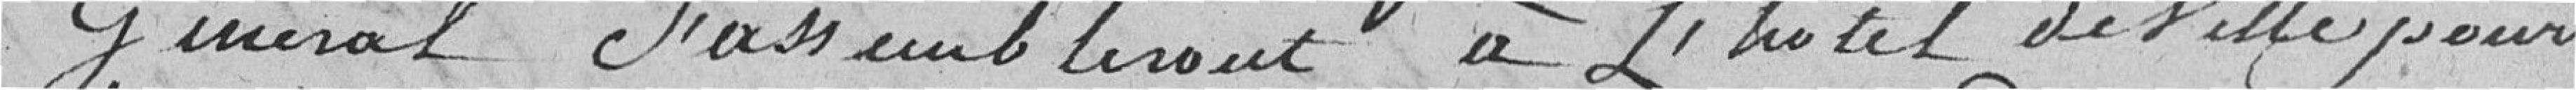
Général s'assembleront à l'Hôtel de Ville pour,